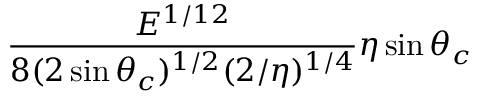
\frac { E ^ { 1 / 1 2 } } { 8 ( 2 \sin \theta _ { c } ) ^ { 1 / 2 } ( 2 / \eta ) ^ { 1 / 4 } } \eta \sin { \theta _ { c } }